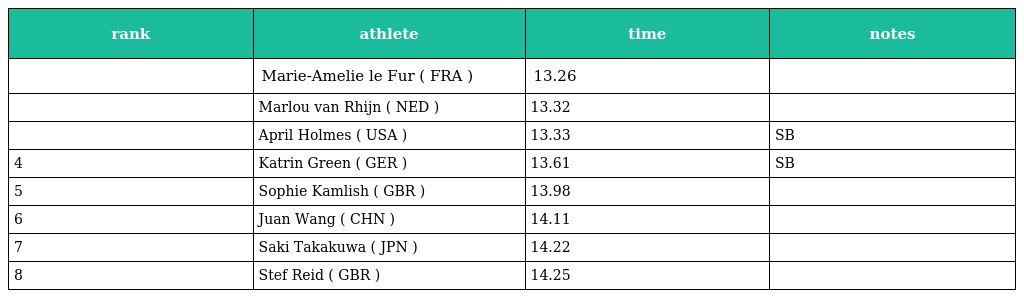
| rank | athlete | time | notes |
 | --- | --- | --- | --- |
 |  | Marie-Amelie le Fur ( FRA ) | 13.26 |  |
 |  | Marlou van Rhijn ( NED ) | 13.32 |  |
 |  | April Holmes ( USA ) | 13.33 | SB |
 | 4 | Katrin Green ( GER ) | 13.61 | SB |
 | 5 | Sophie Kamlish ( GBR ) | 13.98 |  |
 | 6 | Juan Wang ( CHN ) | 14.11 |  |
 | 7 | Saki Takakuwa ( JPN ) | 14.22 |  |
 | 8 | Stef Reid ( GBR ) | 14.25 |  |